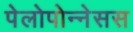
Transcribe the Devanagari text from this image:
पेलोपोन्नेसस